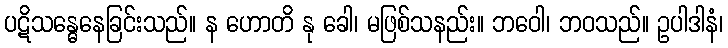
ပဋိသန္ဓေနေခြင်းသည်။ န ဟောတိ နု ခေါ၊ မဖြစ်သနည်း။ ဘဝေါ၊ ဘဝသည်။ ဥပါဒါနံ၊